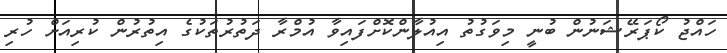
ހައްޖު ކޯޕަރޭޝަނުން ބުނީ މިވަގުތު އިއުލާންކޮށްފައިވާ އުމްރާ ދަތުރުތަކުގެ އިތުރުން ކުރިއަށް ހުރި